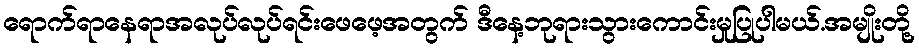
ရောက်ရာနေရာအလုပ်လုပ်ရင်းဖေဖေ့အတွက် ဒီနေ့ဘုရားသွားကောင်းမှုပြုပါမယ်.အမျိုးတို့